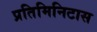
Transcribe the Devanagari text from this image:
प्रतिमिनिटास